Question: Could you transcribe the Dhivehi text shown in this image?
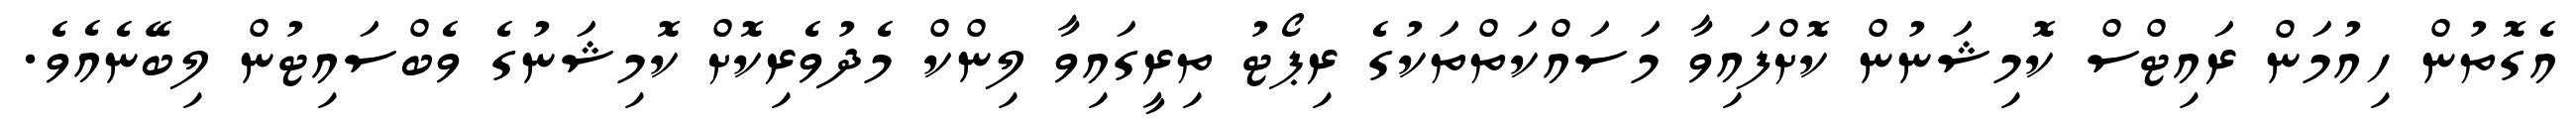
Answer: އެގޮތުން ހިއުމަން ރައިޓްސް ކޮމިޝަނުން ކޮށްފައިވާ މަސައްކަތްތަކުގެ ރިޕޯޓު ތިރީގައިވާ ލިންކް މެދުވެރިކޮށް ކޮމިޝަނުގެ ވެބްސައިޓުން ލިބޭނެއެވެ.